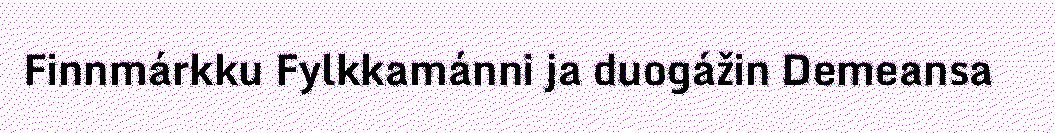
Finnmárkku Fylkkamánni ja duogážin Demeansa